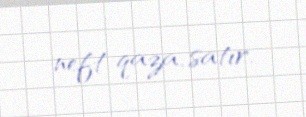
neft-qaza, satır.